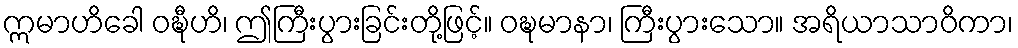
ဣမာဟိခေါ ဝဍ္ဎီဟိ၊ ဤကြီးပွားခြင်းတို့ဖြင့်။ ဝဍ္ဎမာနာ၊ ကြီးပွားသော။ အရိယာသာဝိကာ၊